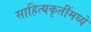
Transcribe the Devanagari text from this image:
साहित्यकृतींमध्ये